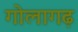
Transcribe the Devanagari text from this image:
गोलागढ़